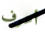
أعرف